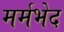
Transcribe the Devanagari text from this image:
मर्मभेद